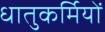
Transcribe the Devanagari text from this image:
धातुकर्मियों